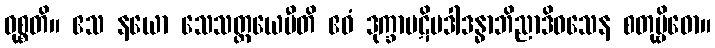
ဝုစ္စတိ။ ဧသ နယော သေသတ္တယေပီတိ ဧဝံ ဒုက္ခာပဋိပဒါဒန္ဓာဘိညာဒိဝသေန စတုဗ္ဗိဓော။